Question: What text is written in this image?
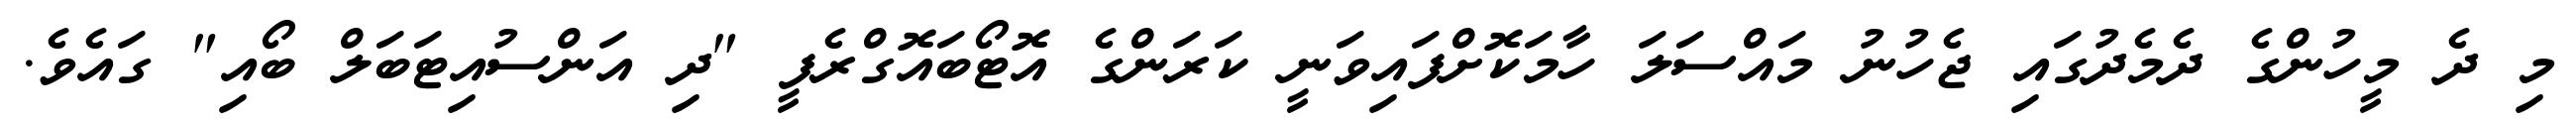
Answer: މި ދެ މީހުންގެ ދެމެދުގައި ޖެހުނު މައްސަލަ ހާމަކޮށްފައިވަނީ ކަރަންގެ އޮޓޯބައޮގްރެފީ "ދި އަންސުއިޓަބަލް ބޯއި" ގައެވެ.